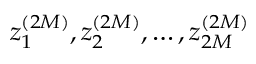
z _ { 1 } ^ { ( 2 M ) } , z _ { 2 } ^ { ( 2 M ) } , \dots , z _ { 2 M } ^ { ( 2 M ) }